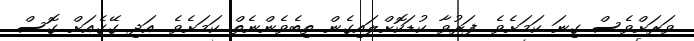
ވަަރަށްވެސް ގިނަ ކަމަށެވެ. ފަރުވާ ކުޑަކޮށްލައިގެން ތިބެވެންނެތް ކަމަށެވެ. އަދި ގޭގެއަށް ގޮސް